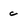
Character: c